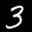
Label: 3